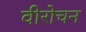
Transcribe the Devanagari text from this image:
वीरोचन